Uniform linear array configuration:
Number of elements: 32
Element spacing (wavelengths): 1
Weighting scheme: exponential
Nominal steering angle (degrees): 15
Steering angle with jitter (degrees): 16.437
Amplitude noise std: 0.05
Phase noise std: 0.05

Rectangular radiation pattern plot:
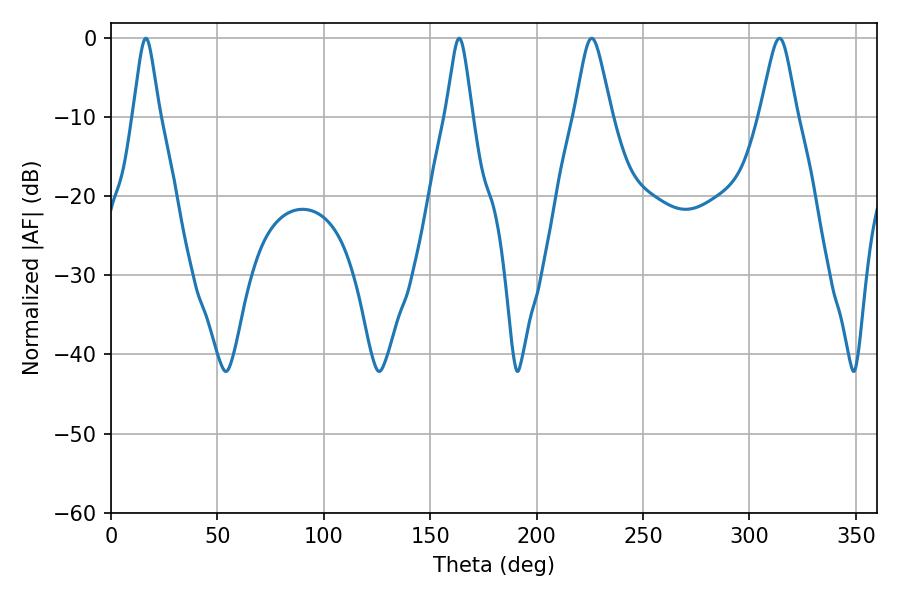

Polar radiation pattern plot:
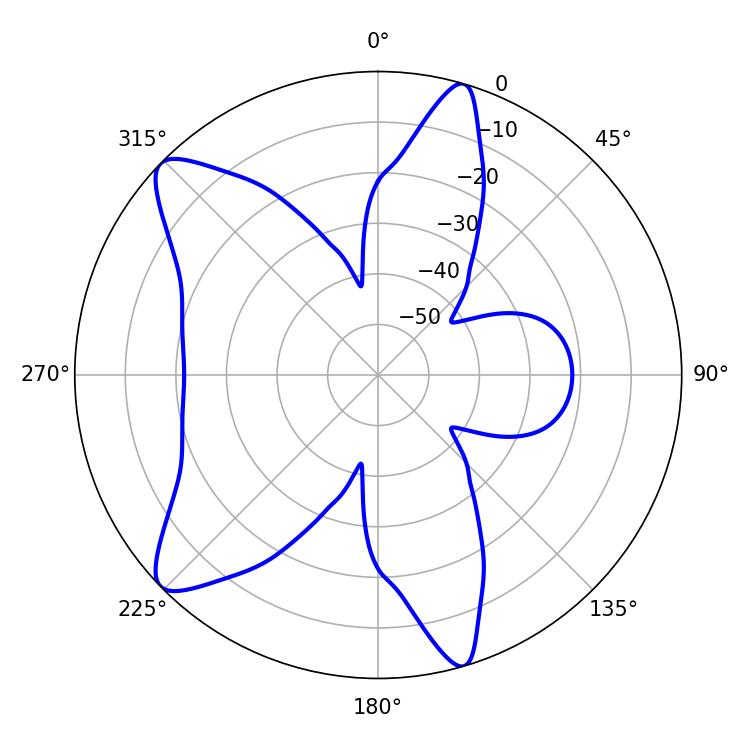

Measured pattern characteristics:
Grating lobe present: TRUE
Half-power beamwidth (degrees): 5.94
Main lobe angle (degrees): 16.38